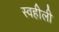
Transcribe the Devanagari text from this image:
स्वहीली